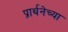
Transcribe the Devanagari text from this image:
प्रार्थनेच्या